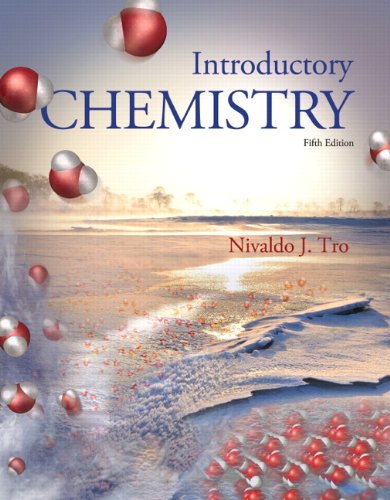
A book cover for Introductory Chemistry (5th Edition); Nivaldo J. Tro; Science & Math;